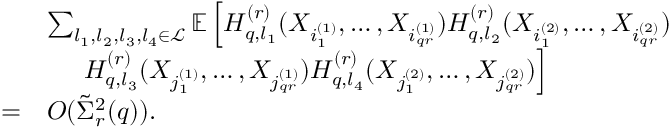
\begin{array} { r l } & { \sum _ { l _ { 1 } , l _ { 2 } , l _ { 3 } , l _ { 4 } \in \mathcal { L } } \mathbb { E } \left[ H _ { q , l _ { 1 } } ^ { ( r ) } ( X _ { i _ { 1 } ^ { ( 1 ) } } , \ldots , X _ { i _ { q r } ^ { ( 1 ) } } ) H _ { q , l _ { 2 } } ^ { ( r ) } ( X _ { i _ { 1 } ^ { ( 2 ) } } , \ldots , X _ { i _ { q r } ^ { ( 2 ) } } ) \right. } \\ & { ~ ~ ~ ~ \left. H _ { q , l _ { 3 } } ^ { ( r ) } ( X _ { j _ { 1 } ^ { ( 1 ) } } , \ldots , X _ { j _ { q r } ^ { ( 1 ) } } ) H _ { q , l _ { 4 } } ^ { ( r ) } ( X _ { j _ { 1 } ^ { ( 2 ) } } , \ldots , X _ { j _ { q r } ^ { ( 2 ) } } ) \right] } \\ { = } & { O ( \tilde { \Sigma } _ { r } ^ { 2 } ( q ) ) . } \end{array}